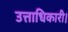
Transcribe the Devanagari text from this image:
उत्ताधिकारी।